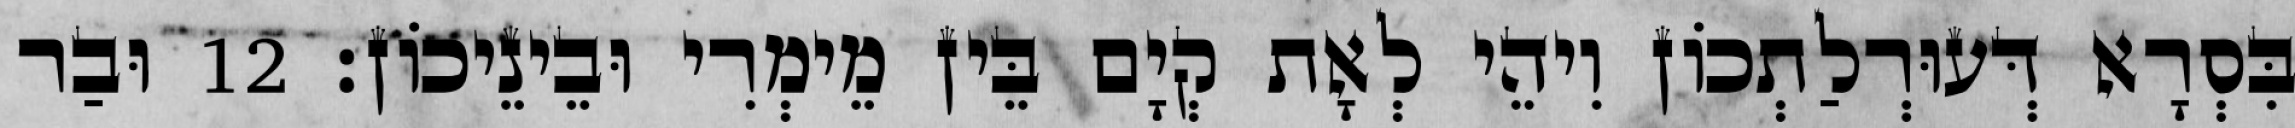
בִּסְרָא דְּעוּרְלַתְכוֹן וִיהֵי לְאָת קְיָם בֵּין מֵימְרִי וּבֵינֵיכוֹן׃ 12 וּבַר